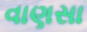
વાણસા